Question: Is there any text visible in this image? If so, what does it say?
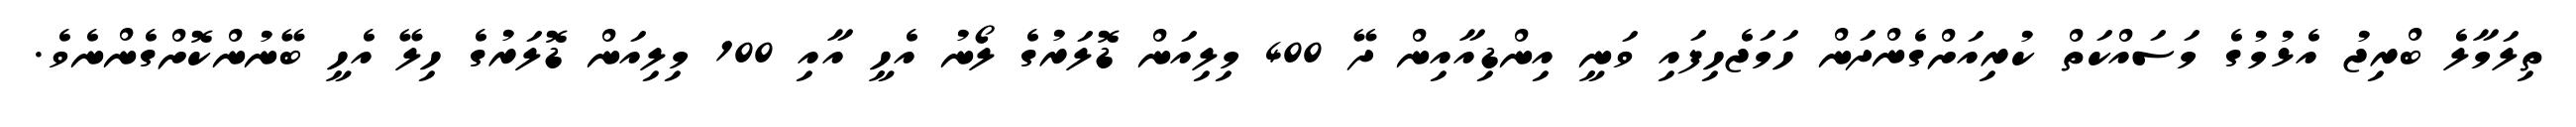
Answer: ތިލަމާލެ ބްރިޖު އެޅުމުގެ މަސައްކަތް ކުރިއަށްގެންދަން ހަމަޖެހިފައި ވަނީ އިންޑިއާއިން ދޭ 400 މިލިއަން ޑޮލަރުގެ ލޯނު އެހީ އާއި 100 މިލިއަން ޑޮލަރުގެ ހިލޭ އެހީ ބޭނުންކޮށްގެންނެވެ.